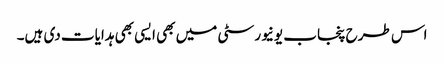
اس طرح پنجاب یونیورسٹی میں بھی ایسی بھی ہدایات دی ہیں۔